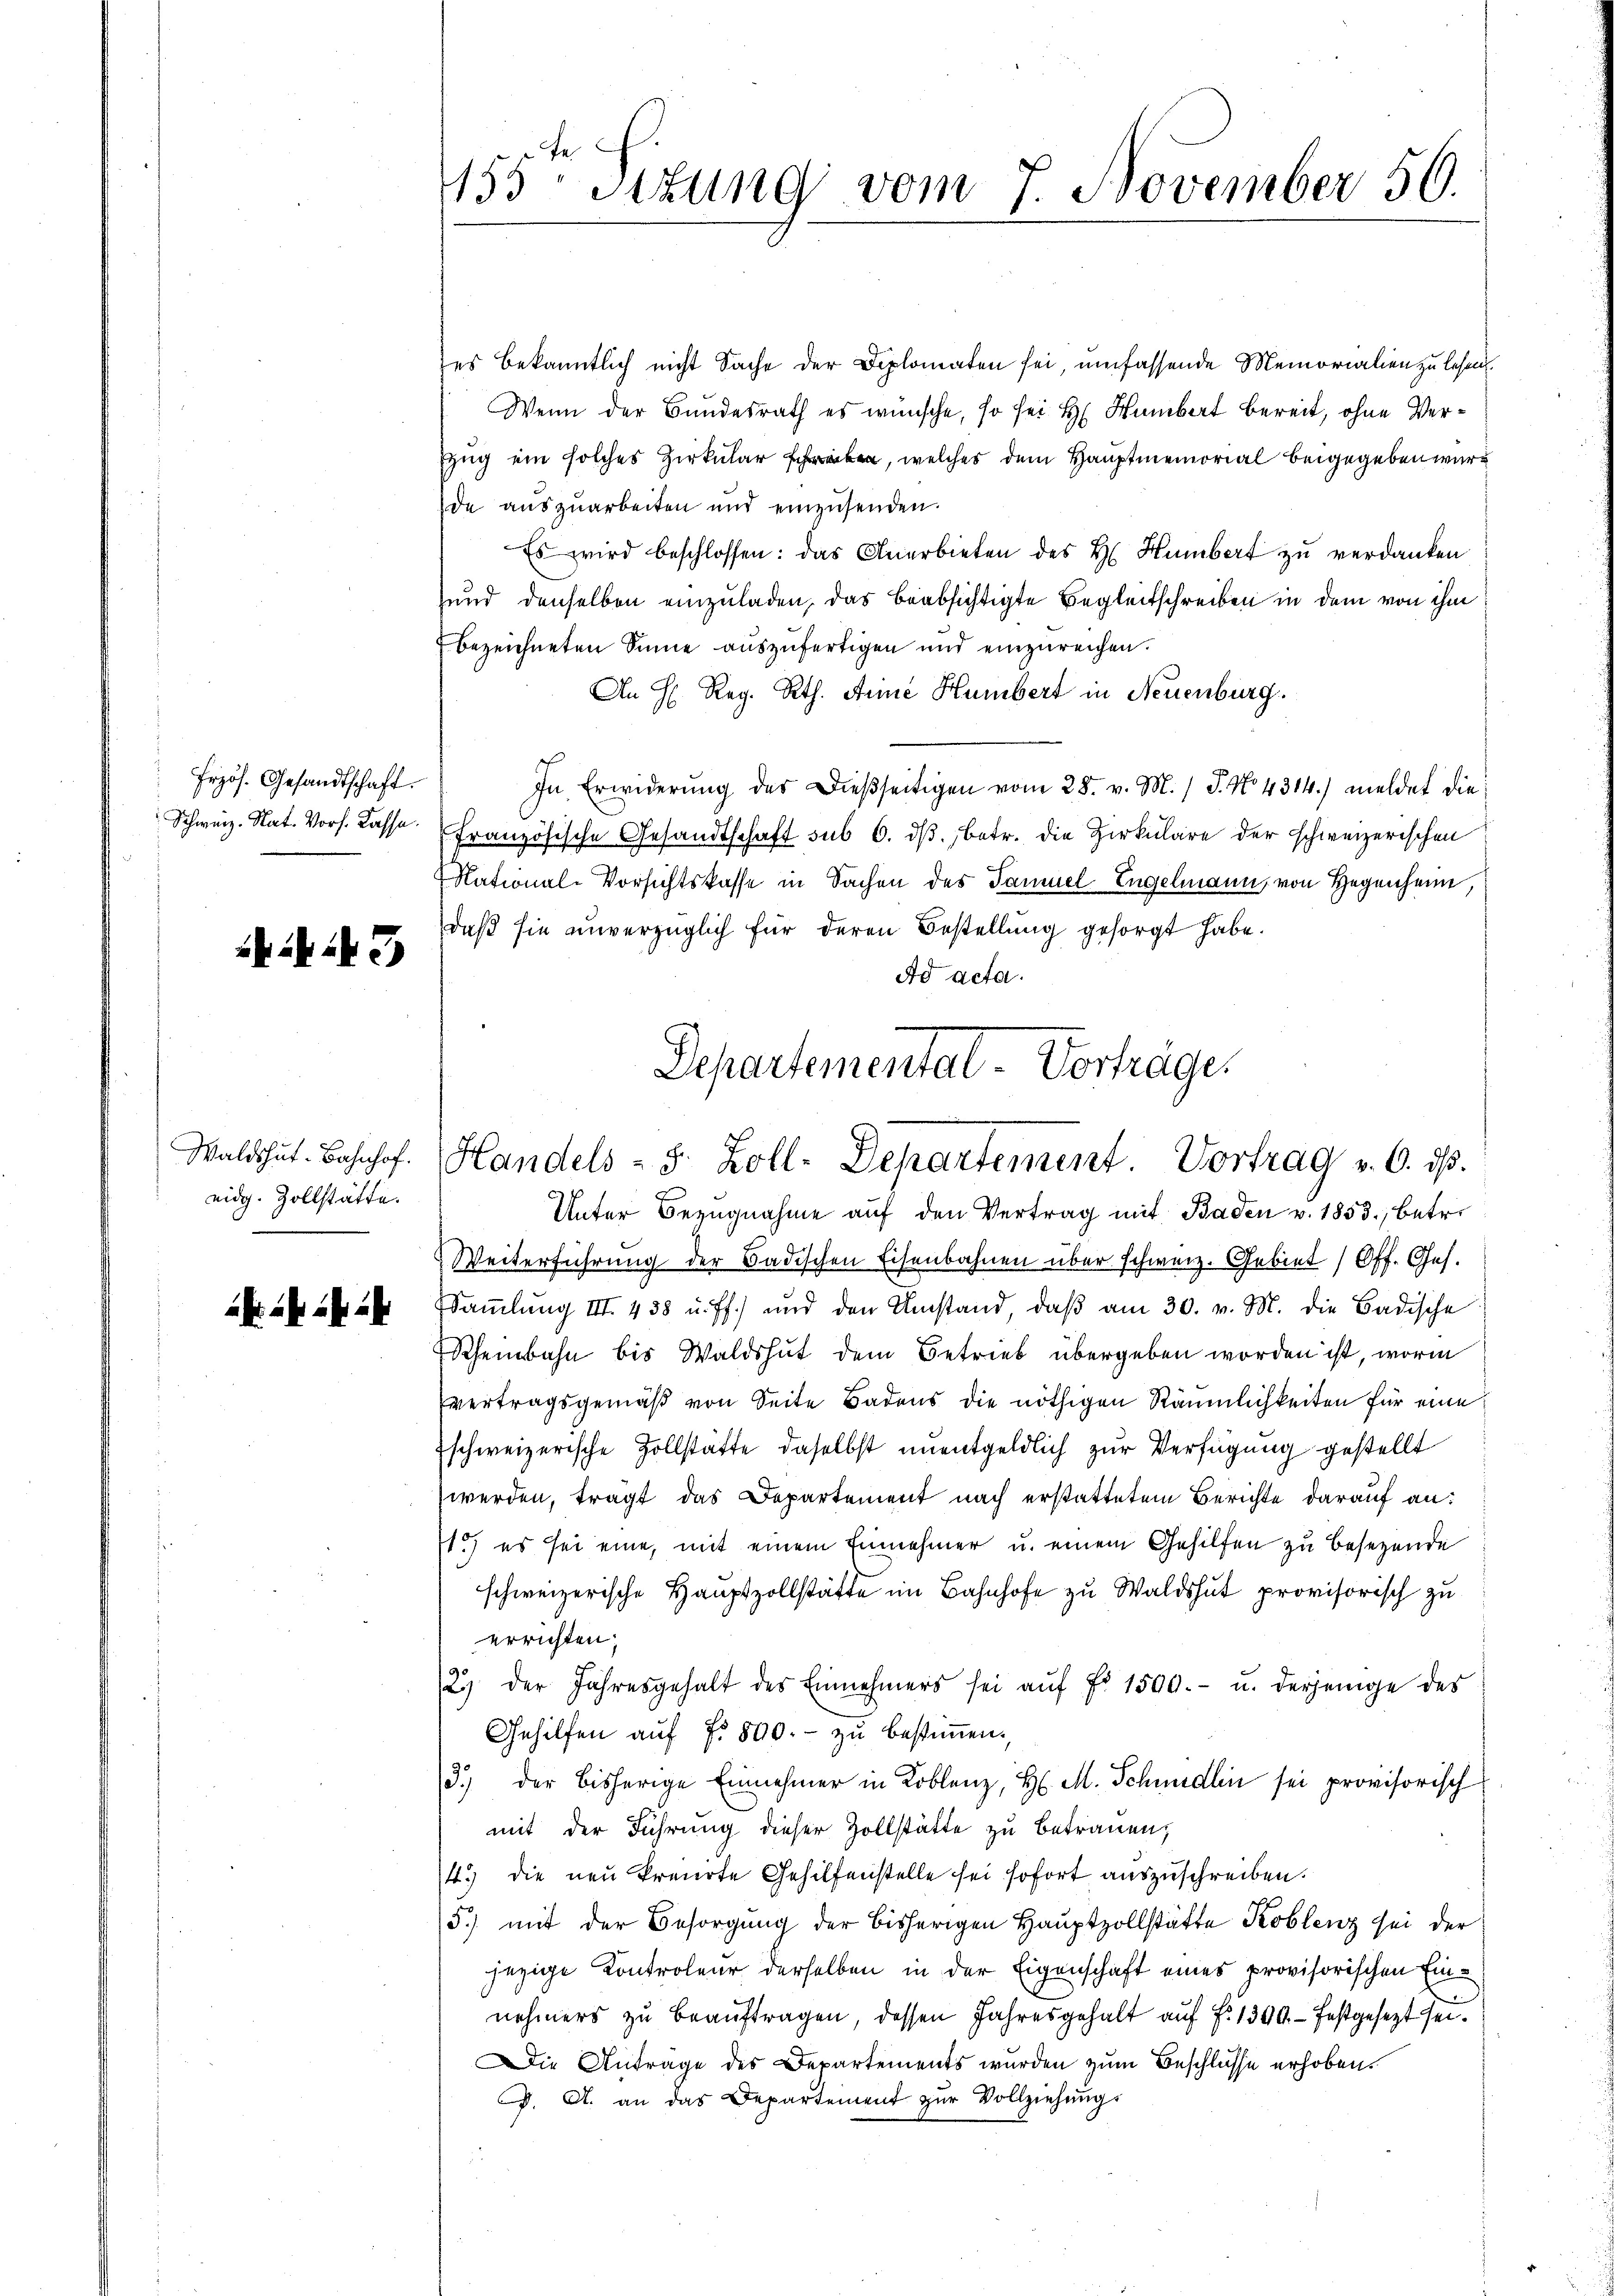
Frzös. Gesandtschaft.

3

Waldshut-Bahnhof.
eidg. Zollstätte.

d ab es ih

es bekanntlich nicht Sache der Diplomaten sei, umfassende Memorialien zu lesen.
Wenn der Bundesrath es wünsche, so sei H. Humbert bereit, ohne Verzug ein solches Zirkularen, welches dem Hauptmemorial beigegeben würde auszuarbeiten und einzŭsenden.
Es wird beschlossen: das Anerbieten des H. Humbert zu verdanken
und denselben einzuladen, das beabsichtigte Begleitschreiben in dem von ihm
bezeichneten Sinne auszufertigen und einzureichen.
An H. Reg. Rth. Arne Humbert in Neuenburg.
In Erwiderŭng des Dieβseitigen vom 28. v. M. / J. No 4314.) meldet die
Schweiz. Nat. Vors. Casse. Französische Gesandtschaft sub 6. dβ betr. die Zirkulare der schweizerischen
National-Vorsichtskasse in Sachen des Samuel Engelmann von Gegenheim,
daß sie unverzüglich für deren Bestellung gesorgt habe.
Ad acta.
Departemental-Vorträge.

155 Sizung vom 7. November 50.

Handels- S. Zoll-Departement. Vortrag v. 6. ds.

Unter Bezugnahme aŭf den Vertrag mit Baden v. 1853, betr.
Weiterführung der Badischen Eisenbahnen über schweiz. Gebiet (Off. Ges.
Sammlung III. 438 u. ff.) und den Umstand, daβ am 30. v. M. die Badische
Scheinbahn bis Waldshut dem Betrieb übergeben worden ist, worin
vertragsgemäß von Seite Badens die nöthigen Räumlichkeiten für eine
schweizerische Zollstätte daselbst unentgeldlich zur Verfügung gestellt
werden, tragt das Departement nach erstattetem Berichte darauf an:
1.) es sei eine, mit einem Einnehmer u. einem Gehilfen zu besezende
schweizerische Hauptzollstätte im Bahnhofe zu Waldshut provisorisch zu
errichten;
23 der Jahresgehalt des Einnehmers sei aŭf Fr. 1500.- u. derjenige des
Gehilfen aŭf fr. 800.- zŭ bestimmen.
3.) der bisherige Einnehmer in Koblenz, H. M. Schmidlin sei provisorisch
mit der Führung dieser Zollstätte zu betrauen,
4.) die neu kreirte Gehilfenstelle sei sofort auszuschreiben.
5.) mit der Besorgung der bisherigen Hauptzollstätte Koblenz sei der
jezige Kontroleur derselben in der Eigenschaft eines provisorischen Einnehmers zu beauftragen, dessen Jahresgehalt auf Fr. 1300.- festgesezt sei¬
Die Antrage des Departements wurden zum Beschlüsse erhoben.
. A. an das Departement zur Vollziehungs